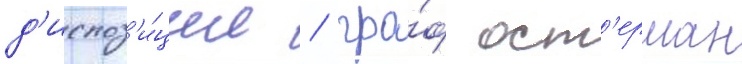
д'испоз'и́ции / гра́ф ост'ерман